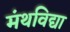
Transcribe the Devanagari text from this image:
मंथविद्या